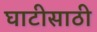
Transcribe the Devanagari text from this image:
घाटीसाठी